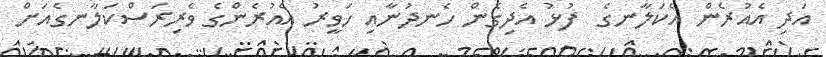
އަދި އެއުރެން އެކަލާނގެ  ފުޅު އެދިގެން ހެނދުނާއި ހަވީރު އެއުރެންގެ ވެރިރަސްކަލާނގެއަށް